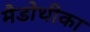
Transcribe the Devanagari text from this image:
मैडोथीका